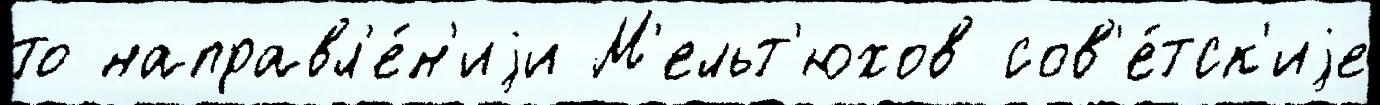
то направл'е́н'иjи М'ельт'юхов сов'е́тск'иjе